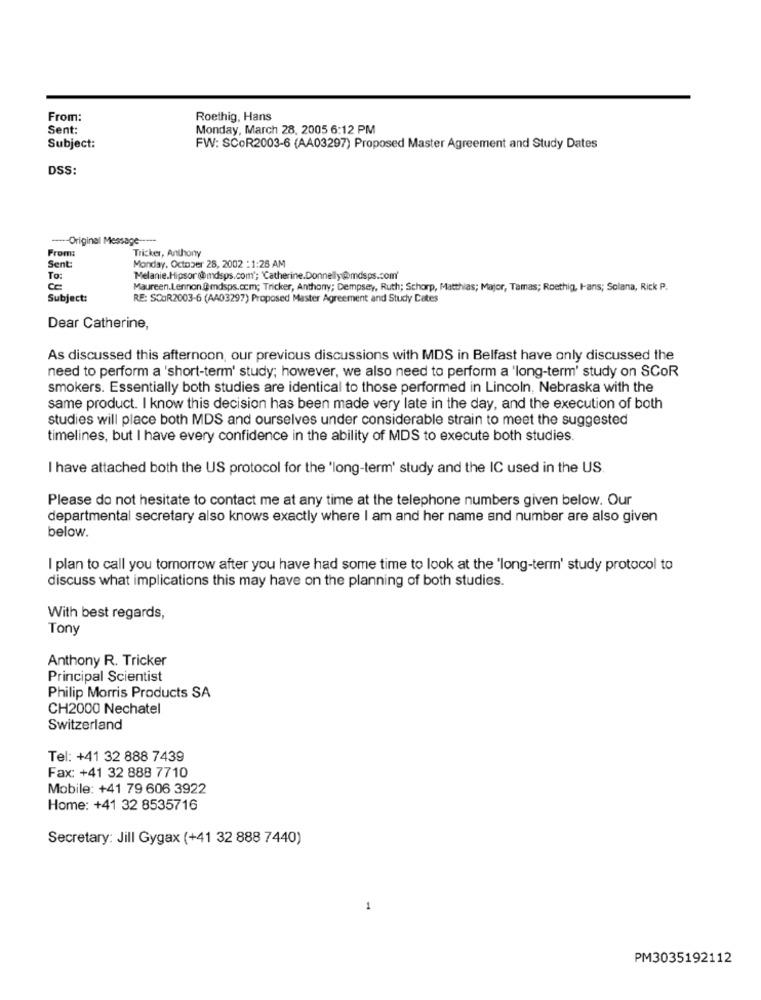
From:
Roethig, Hans
Sent:
Monday, March 28, 2005 6:12 PM
Subject:
FW: SCOR2003-6 (AA03297) Proposed Master Agreement and Study Dates
DSS:
-- Original Message -----
From:
Tricker, Anthony
Sent:
Monday, October 28, 2002 : 1:26 AM
To:
Melanie.Hipsor@omdsps.com'; 'Catherine.Donnelly@mdsps.com'
CE
Maureen.Lennon @mdsps.com; Tricker, Anthony; Dempsey, Ruth; Schorp, Matthias; Major, Tamas; Roethig, I-ans; Solana, Rick P.
Subject:
RE: SCOR2003-6 (AA03297) Proposed Master Agreement and Study Cates
Dear Catherine,
As discussed this afternoon, our previous discussions with MDS in Belfast have only discussed the
need to perform a 'short-term' study; however, we also need to perform a 'long-term' study on SCOR
smokers. Essentially both studies are identical to those performed in Lincoln, Nebraska with the
same product. I know this decision has been made very late in the day, and the execution of both
studies will place both MDS and ourselves under considerable strain to meet the suggested
timelines, but I have every confidence in the ability of MDS to execute both studies.
I have attached both the US protocol for the 'long-term' study and the IC used in the US.
Please do not hesitate to contact me at any time at the telephone numbers given below. Our
departmental secretary also knows exactly where I am and her name and number are also given
below.
I plan to call you tomorrow after you have had some time to look at the 'long-term' study protocol to
discuss what implications this may have on the planning of both studies.
With best regards,
Tony
Anthony R. Tricker
Principal Scientist
Philip Morris Products SA
CH2000 Nechatel
Switzerland
Tel: +41 32 888 7439
Fax: +41 32 888 7710
Mobile: +41 79 606 3922
Home: +41 32 8535716
Secretary: Jill Gygax (+41 32 888 7440)
1
PM3035192112